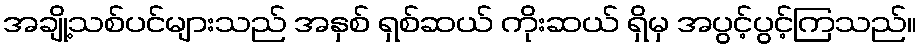
အချို့သစ်ပင်များသည် အနှစ် ရှစ်ဆယ် ကိုးဆယ် ရှိမှ အပွင့်ပွင့်ကြသည်။